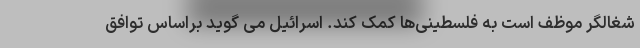
شغالگر موظف است به فلسطینی‌ها کمک کند. اسرائیل می گوید براساس توافق